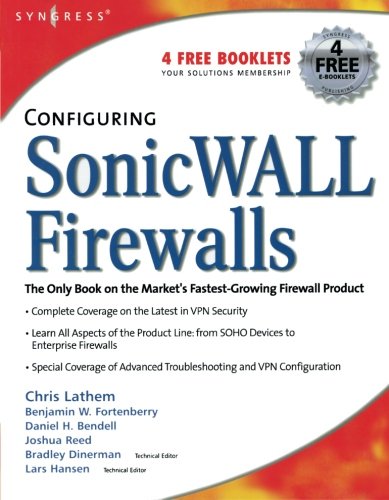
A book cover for Configuring SonicWALL Firewalls; Chris Lathem; Computers & Technology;